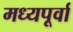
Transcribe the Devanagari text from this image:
मध्यपूर्वा